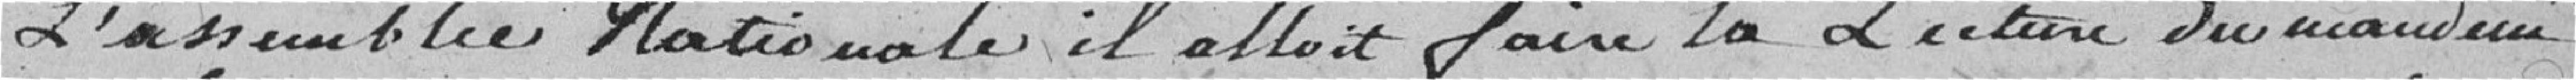
L'assemblée Nationale il allait faire la Lecture du mandement